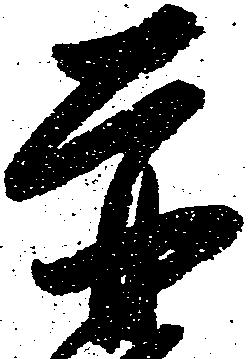
赤